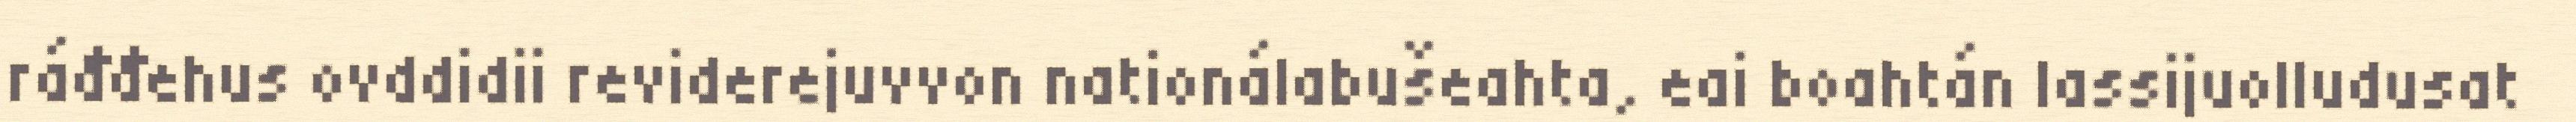
ráđđehus ovddidii reviderejuvvon nationálabušeahta, eai boahtán lassijuolludusat